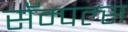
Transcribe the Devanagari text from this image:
सॅम्पल्स